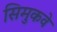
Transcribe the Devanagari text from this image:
सिमुकवे